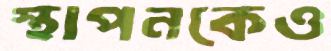
স্থাপনকেও